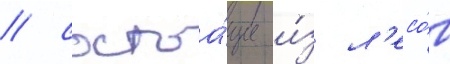
/ состоа́щие и́з л'есо́в